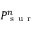
P _ { \mathrm { ~ s ~ u ~ r ~ } } ^ { n }